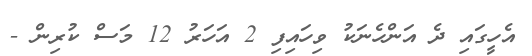
އެހީގައި ދެ އަންހެނަކު ވިހައިފި 2 އަހަރު 12 މަސް ކުރިން -